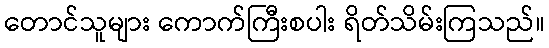
တောင်သူများ ကောက်ကြီးစပါး ရိတ်သိမ်းကြသည်။